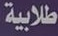
طلابية